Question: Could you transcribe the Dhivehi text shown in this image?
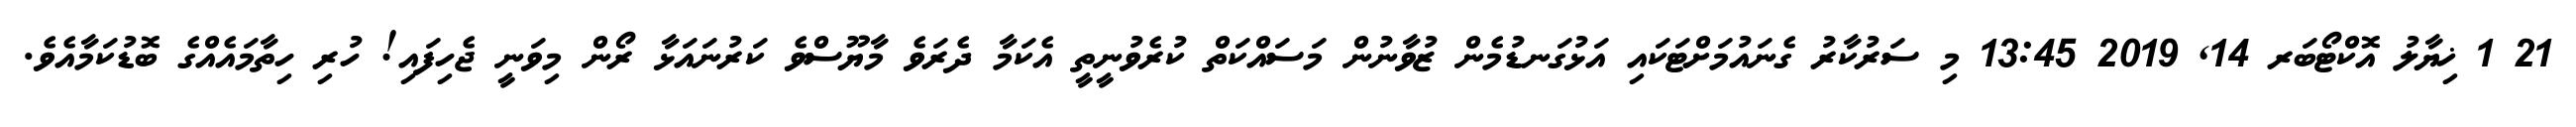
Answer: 21 1 ޚިޔާލު އޮކްޓޯބަރ 14, 2019 13:45 މި ސަރުކާރު ގެނައުމަށްޓަކައި އަޅުގަނޑުމެން ޒުވާނުން މަސައްކަތް ކުރެވުނީތީ އެކަމާ ދެރަވެ މާޔޫސްވެ ކަރުނައަޅާ ރޯން މިވަނީ ޖެހިފައި! ހުރި ހިތާމައެއްގެ ބޮޑުކަމާއެވެ.